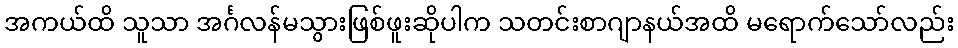
အကယ်ထိ သူသာ အင်္ဂလန်မသွားဖြစ်ဖူးဆိုပါက သတင်းစာဂျာနယ်အထိ မရောက်သော်လည်း